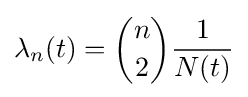
\lambda _{n}(t)={n \choose 2}{\frac {1}{N(t)}}